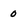
Character: 0